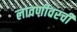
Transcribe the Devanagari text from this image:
लावणीवरची